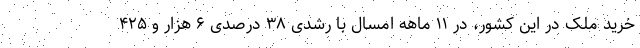
خرید ملک در این کشور، در ۱۱ ماهه امسال با رشدی ۳۸ درصدی ۶ هزار و ۴۲۵